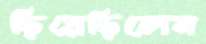
ছিয়েছিলেন